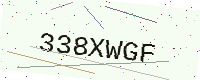
Text: 338XWGF